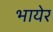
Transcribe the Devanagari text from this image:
भायेर